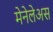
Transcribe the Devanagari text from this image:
मेनेलेअस